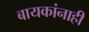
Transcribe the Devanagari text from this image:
बायकांनाही